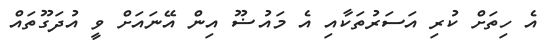
އެ ހިތަށް ކުރި އަސަރުތަކާއި އެ މައުޟޫ އިން އޭނައަށް ވީ އުދަގޫތައް